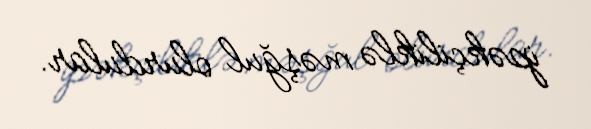
ipəkçiliklə məşğul olurdular.